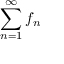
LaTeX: \sum _ { n = 1 } ^ { \infty } f _ { n }